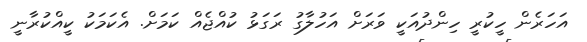
އަހަރެން ހީކުރީ ހިންދުއަކީ ވަރަށް އަހުލާގު ރަގަޅު ކުއްޖެއް ކަމަށް. އެކަމަކު ކީއްކުރާނީ